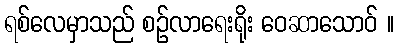
ရစ်လေမှာသည် စဉ်လာရေးရိုး ဝေဆာသောဝ် ။